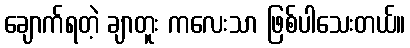
ချောက်ရတဲ့ ချာတူး ကလေးသာ ဖြစ်ပါသေးတယ်။